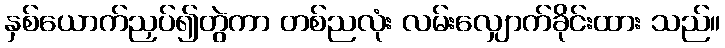
နှစ်ယောက်ညှပ်၍တွဲကာ တစ်ညလုံး လမ်းလျှောက်ခိုင်းထား သည်။